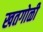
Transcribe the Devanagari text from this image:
खतगोळी